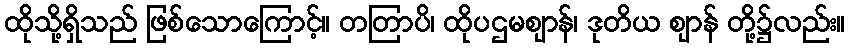
ထိုသို့ရှိသည် ဖြစ်သောကြောင့်။ တတြာပိ၊ ထိုပဌမဈာန်၊ ဒုတိယ ဈာန် တို့၌လည်း။